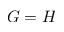
G = H